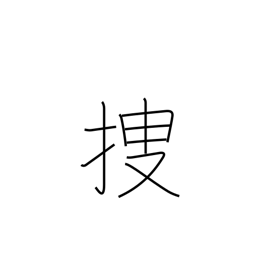
Meaning: locate